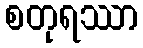
စတုရဿာ